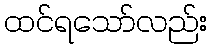
ထင်ရသော်လည်း